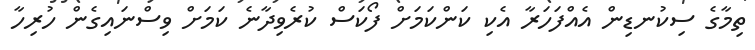
ތިމާގެ ސިކުނޑިން އެއްފަހަރާ އެކި ކަންކަމަށް ފޯކަސް ކުރެވިދާނެ ކަމަށް ވިސްނައިގެން ހުރިހާ